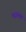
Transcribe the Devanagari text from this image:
भजनात